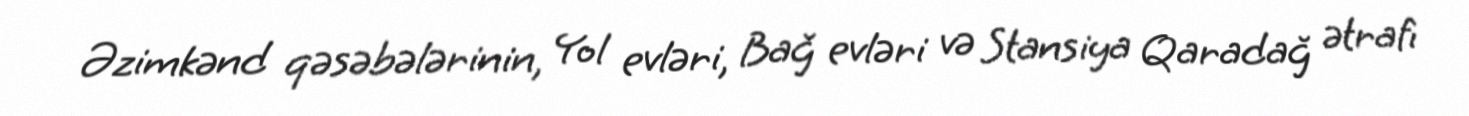
Əzimkənd qəsəbələrinin, Yol evləri, Bağ evləri və Stansiya Qaradağ ətrafı